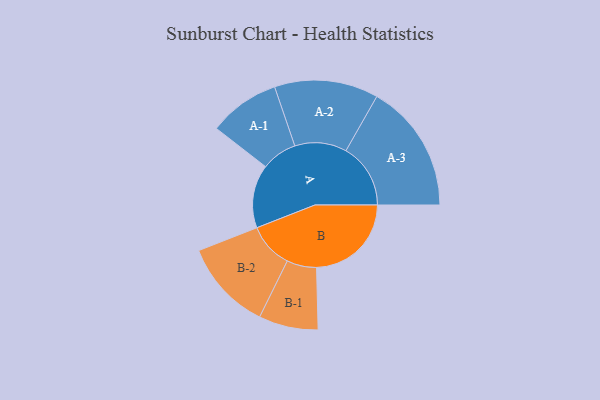
{"axis": {"x": "Segment", "y": "Value"}, "legend": ["", "A", "B"], "data": [{"x": "A", "y": 256, "type": ""}, {"x": "B", "y": 383, "type": ""}, {"x": "A-1", "y": 144, "type": "A"}, {"x": "A-2", "y": 210, "type": "A"}, {"x": "A-3", "y": 261, "type": "A"}, {"x": "B-1", "y": 120, "type": "B"}, {"x": "B-2", "y": 183, "type": "B"}]}